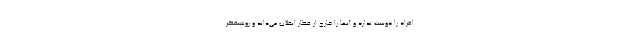
افراد را دوست ندارد و آنها را خارج از قطار انقلاب می‌داند و روشنفکر